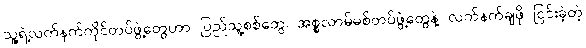
သူ့ရဲ့လက်နက်ကိုင်တပ်ဖွဲ့တွေဟာ ပြည်သူ့စစ်တွေ၊ အစ္စလာမ်မစ်တပ်ဖွဲ့တွေနဲ့ လက်နက်ချဖို ငြင်းခဲ့တဲ့